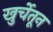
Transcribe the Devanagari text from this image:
खुर्चेतून